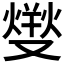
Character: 𤍛